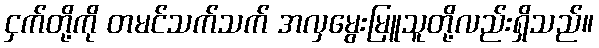
ငှက်တို့ကို တမင်သက်သက် အလှမွေးမြူသူတို့လည်းရှိသည်။